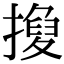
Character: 𢴼